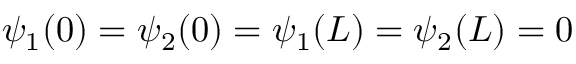
\psi _ { 1 } ( 0 ) = \psi _ { 2 } ( 0 ) = \psi _ { 1 } ( L ) = \psi _ { 2 } ( L ) = 0